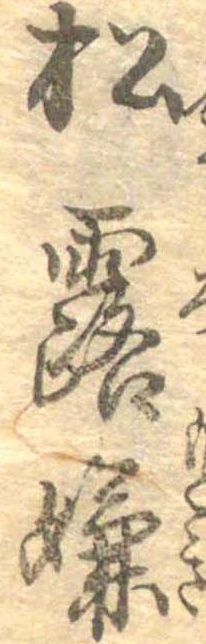
松露嫌